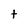
Character: t